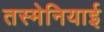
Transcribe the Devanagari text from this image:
तस्मेनियाई